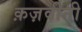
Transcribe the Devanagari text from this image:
क़ज़वीनी